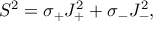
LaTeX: S ^ { 2 } = \sigma _ { + } J _ { + } ^ { 2 } + \sigma _ { - } J _ { - } ^ { 2 } ,